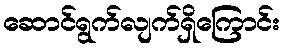
ဆောင်ရွက်လျက်ရှိကြောင်း